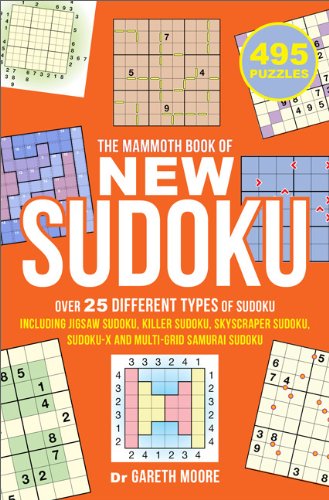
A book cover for The Mammoth Book of New Sudoku; Gareth Moore; Humor & Entertainment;